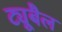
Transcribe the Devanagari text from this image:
ट्यूबैल